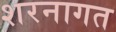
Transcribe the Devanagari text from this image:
शरनागत